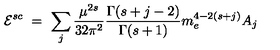
{ \cal E } ^ { s c } \ = \ \sum _ { j } \frac { \mu ^ { 2 s } } { 3 2 \pi ^ { 2 } } \frac { \Gamma ( s + j - 2 ) } { \Gamma ( s + 1 ) } m _ { e } ^ { 4 - 2 ( s + j ) } A _ { j }